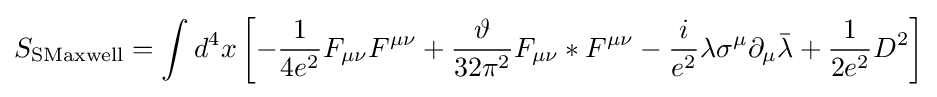
S_{\text{SMaxwell}}=\int d^{4}x\left[-{\frac {1}{4e^{2}}}F_{\mu \nu }F^{\mu \nu }+{\frac {\vartheta }{32\pi ^{2}}}F_{\mu \nu }*F^{\mu \nu }-{\frac {i}{e^{2}}}\lambda \sigma ^{\mu }\partial _{\mu }{\bar {\lambda }}+{\frac {1}{2e^{2}}}D^{2}\right]